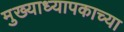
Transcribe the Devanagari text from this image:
मुख्याध्यापकाच्या